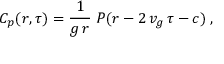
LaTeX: C _ { p } ( r , \tau ) = \frac 1 { g \, r } \; P ( r - 2 \, v _ { g } \, \tau - c ) \; ,